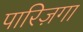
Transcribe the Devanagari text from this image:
पारिज़गा